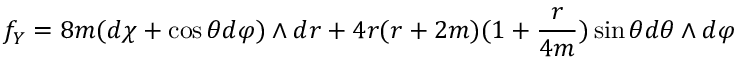
f _ { Y } = 8 m ( d \chi + \cos \theta d \varphi ) \wedge d r + 4 r ( r + 2 m ) ( 1 + \frac { r } { 4 m } ) \sin \theta d \theta \wedge d \varphi